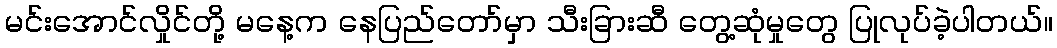
မင်းအောင်လှိုင်တို့ မနေ့က နေပြည်တော်မှာ သီးခြားဆီ တွေ့ဆုံမှုတွေ ပြုလုပ်ခဲ့ပါတယ်။